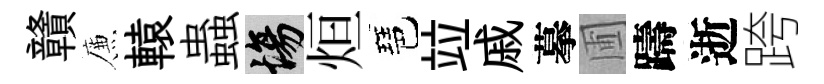
贛簾轅蟲場烜琶竝戚摹圃躊逝跨